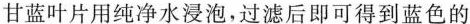
甘蓝叶片用纯净水浸泡，过滤后即可得到蓝色的